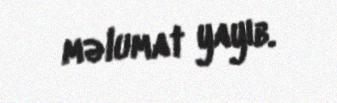
məlumat yayıb.